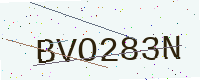
Text: BVO283N